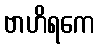
ဗာဟိရကေ